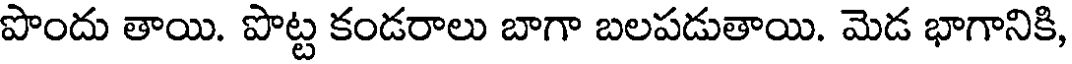
పొందు తాయి. పొట్ట కండరాలు బాగా బలపడుతాయి. మెడ భాగానికి,